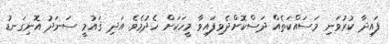
ފައިދާ ކުރުވަނި މަސައްކަތެއް ދަސްކޮށްދެވިފައިވާ މީހަކަށް ހެދުމެވެ. އަދި ޤައުމީ ސަނަދު އޮނިގަނޑު